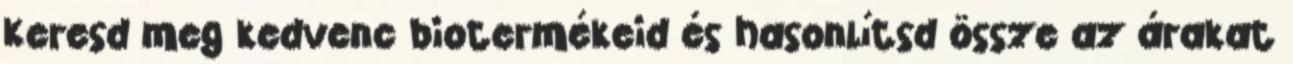
Keresd meg kedvenc biotermékeid és hasonlítsd össze az árakat